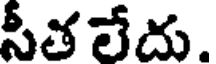
సీత లేదు.